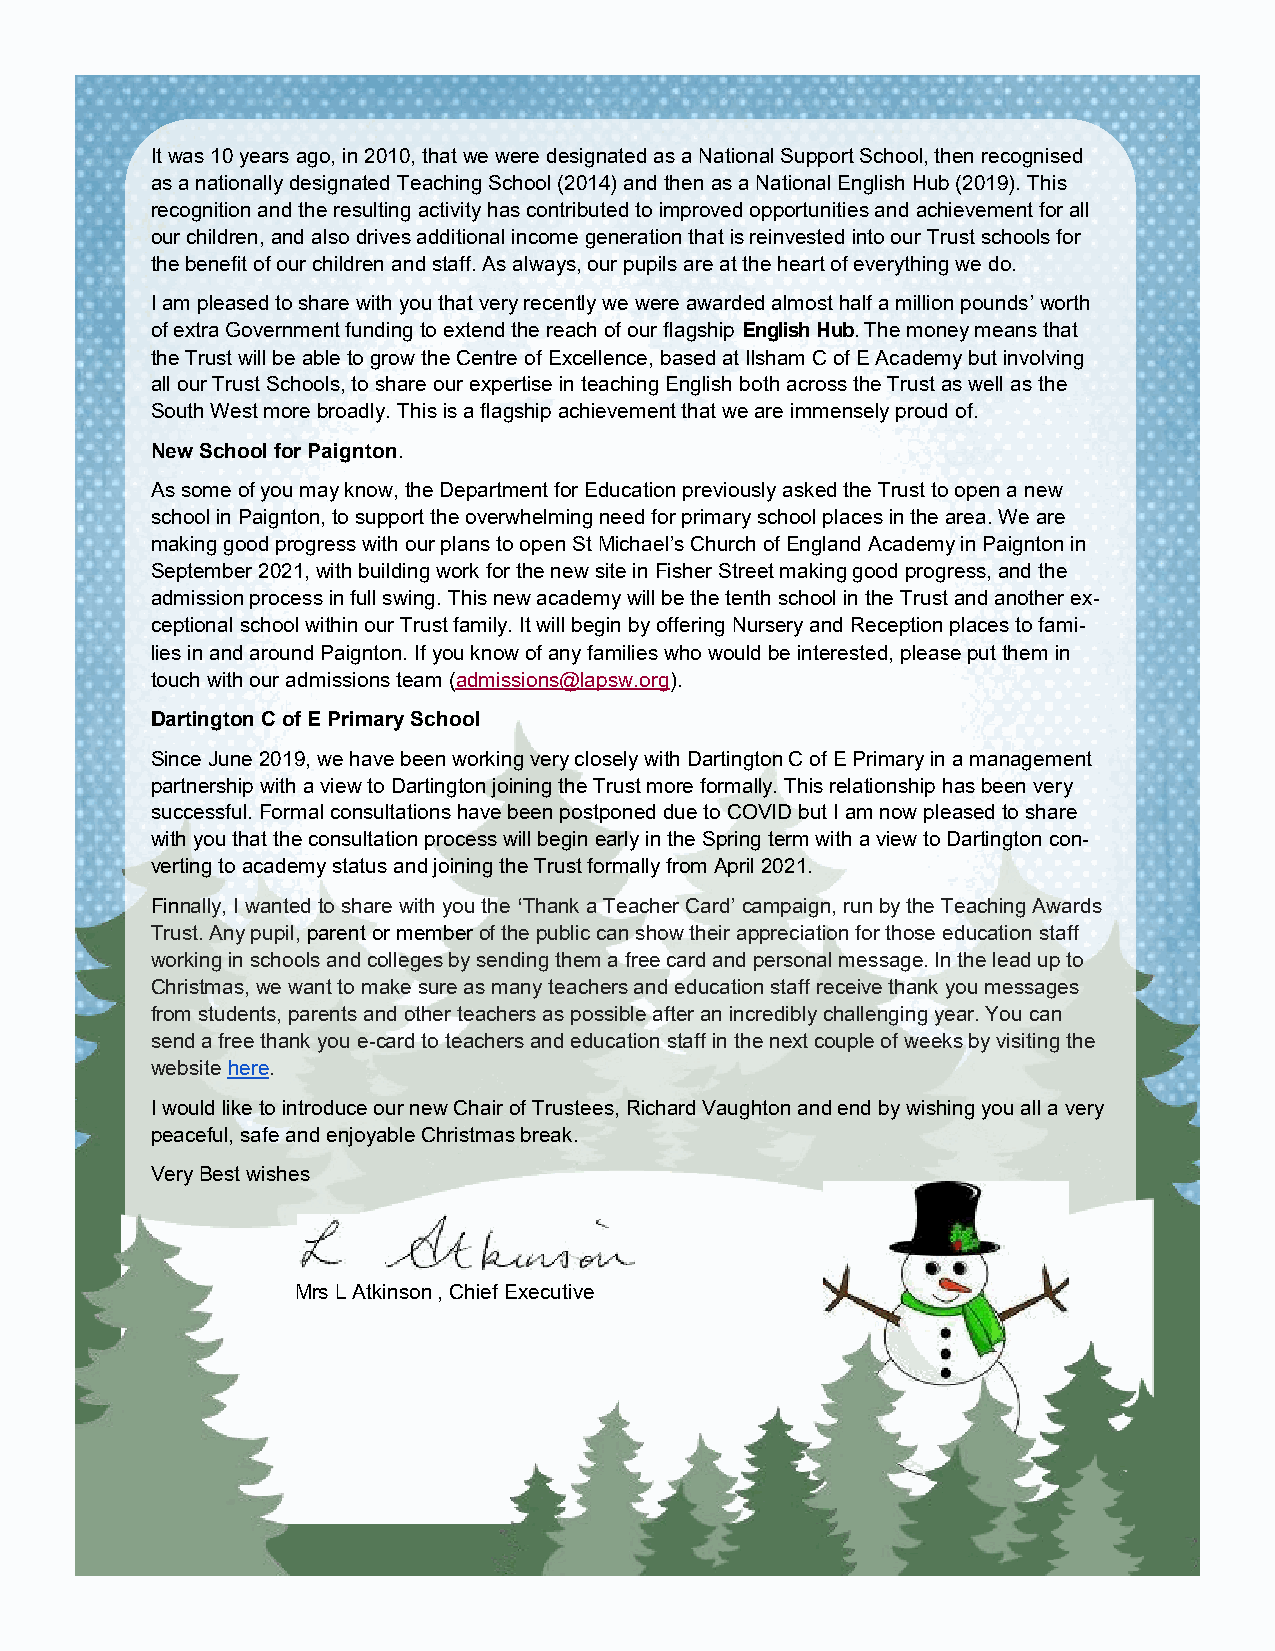
It was 10 years ago, in 2010, that we were designated as a National Support School, then recognised
 as a nationally designated Teaching School (2014) and then as a National English Hub (2019). This
 recognition and the resulting activity has contributed to improved opportunities and achievement for all
 our children, and also drives additional income generation that is reinvested into our Trust schools for
 the benefit of our children and staff. As always, our pupils are at the heart of everything we do.
 I am pleased to share with you that very recently we were awarded almost half a million pounds’ worth
 of extra Government funding to extend the reach of our flagship English Hub. The money means that
 the Trust will be able to grow the Centre of Excellence, based at Ilsham C of E Academy but involving
 all our Trust Schools, to share our expertise in teaching English both across the Trust as well as the
 South West more broadly. This is a flagship achievement that we are immensely proud of.
 New School for Paignton.
 As some of you may know, the Department for Education previously asked the Trust to open a new
 school in Paignton, to support the overwhelming need for primary school places in the area. We are
 making good progress with our plans to open St Michael’s Church of England Academy in Paignton in
 September 2021, with building work for the new site in Fisher Street making good progress, and the
 admission process in full swing. This new academy will be the tenth school in the Trust and another ex-
 ceptional school within our Trust family. It will begin by offering Nursery and Reception places to fami-
 lies in and around Paignton. If you know of any families who would be interested, please put them in
 touch with our admissions team (admissions@lapsw.org).
 Dartington C of E Primary School
 Since June 2019, we have been working very closely with Dartington C of E Primary in a management
 partnership with a view to Dartington joining the Trust more formally. This relationship has been very
 successful. Formal consultations have been postponed due to COVID but I am now pleased to share
 with you that the consultation process will begin early in the Spring term with a view to Dartington con-
 verting to academy status and joining the Trust formally from April 2021.
 Finnally, I wanted to share with you the ‘Thank a Teacher Card’ campaign, run by the Teaching Awards
 Trust. Any pupil, parent or member of the public can show their appreciation for those education staff
 working in schools and colleges by sending them a free card and personal message. In the lead up to
 Christmas, we want to make sure as many teachers and education staff receive thank you messages
 from students, parents and other teachers as possible after an incredibly challenging year. You can
 send a free thank you e-card to teachers and education staff in the next couple of weeks by visiting the
 website here.
 I would like to introduce our new Chair of Trustees, Richard Vaughton and end by wishing you all a very
 peaceful, safe and enjoyable Christmas break.
 Very Best wishes
 Mrs L Atkinson , Chief Executive